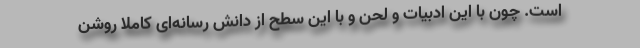
است. چون با این ادبیات و لحن و با این سطح از دانش رسانه‌ای کاملا روشن